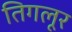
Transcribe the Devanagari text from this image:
तिगलूर